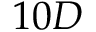
1 0 D